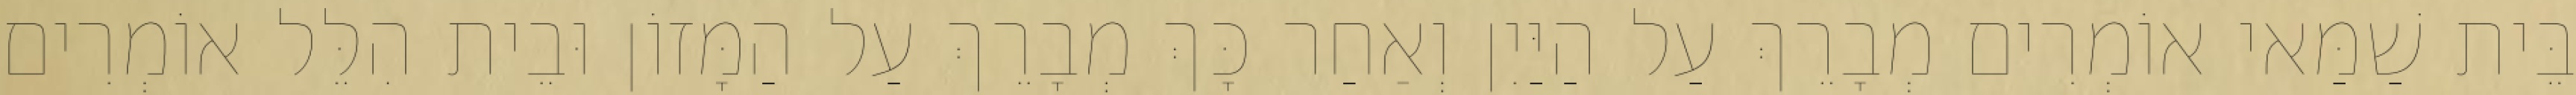
בֵּית שַׁמַּאי אוֹמְרִים מְבָרֵךְ עַל הַיַּיִן וְאַחַר כָּךְ מְבָרֵךְ עַל הַמָּזוֹן וּבֵית הִלֵּל אוֹמְרִים